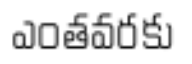
ఎంతవరకు